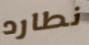
نطارد